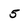
Character: 5